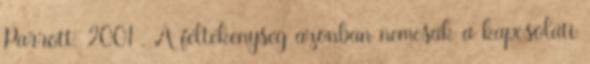
Parrott, 2001 . A féltékenység azonban nemcsak a kapcsolati